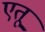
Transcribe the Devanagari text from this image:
एतू